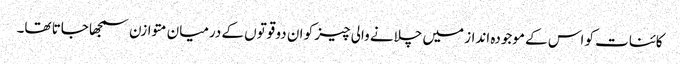
کائنات کو اس کے موجودہ انداز میں چلانے والی چیز کو ان دو قوتوں کے درمیان متوازن سمجھا جاتا تھا۔